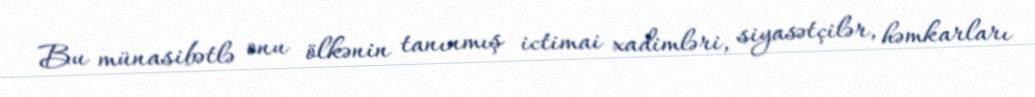
Bu münasibətlə onu ölkənin tanınmış ictimai xadimləri, siyasətçilər, həmkarları